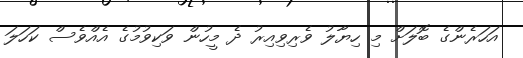
އަހަރެންގެ ބޮލަށް މި ހިޔާލު ވެރިވިއިރު ދެ މީހުން ވަކިވުމުގެ އެއްވެސް ކަހަލަ